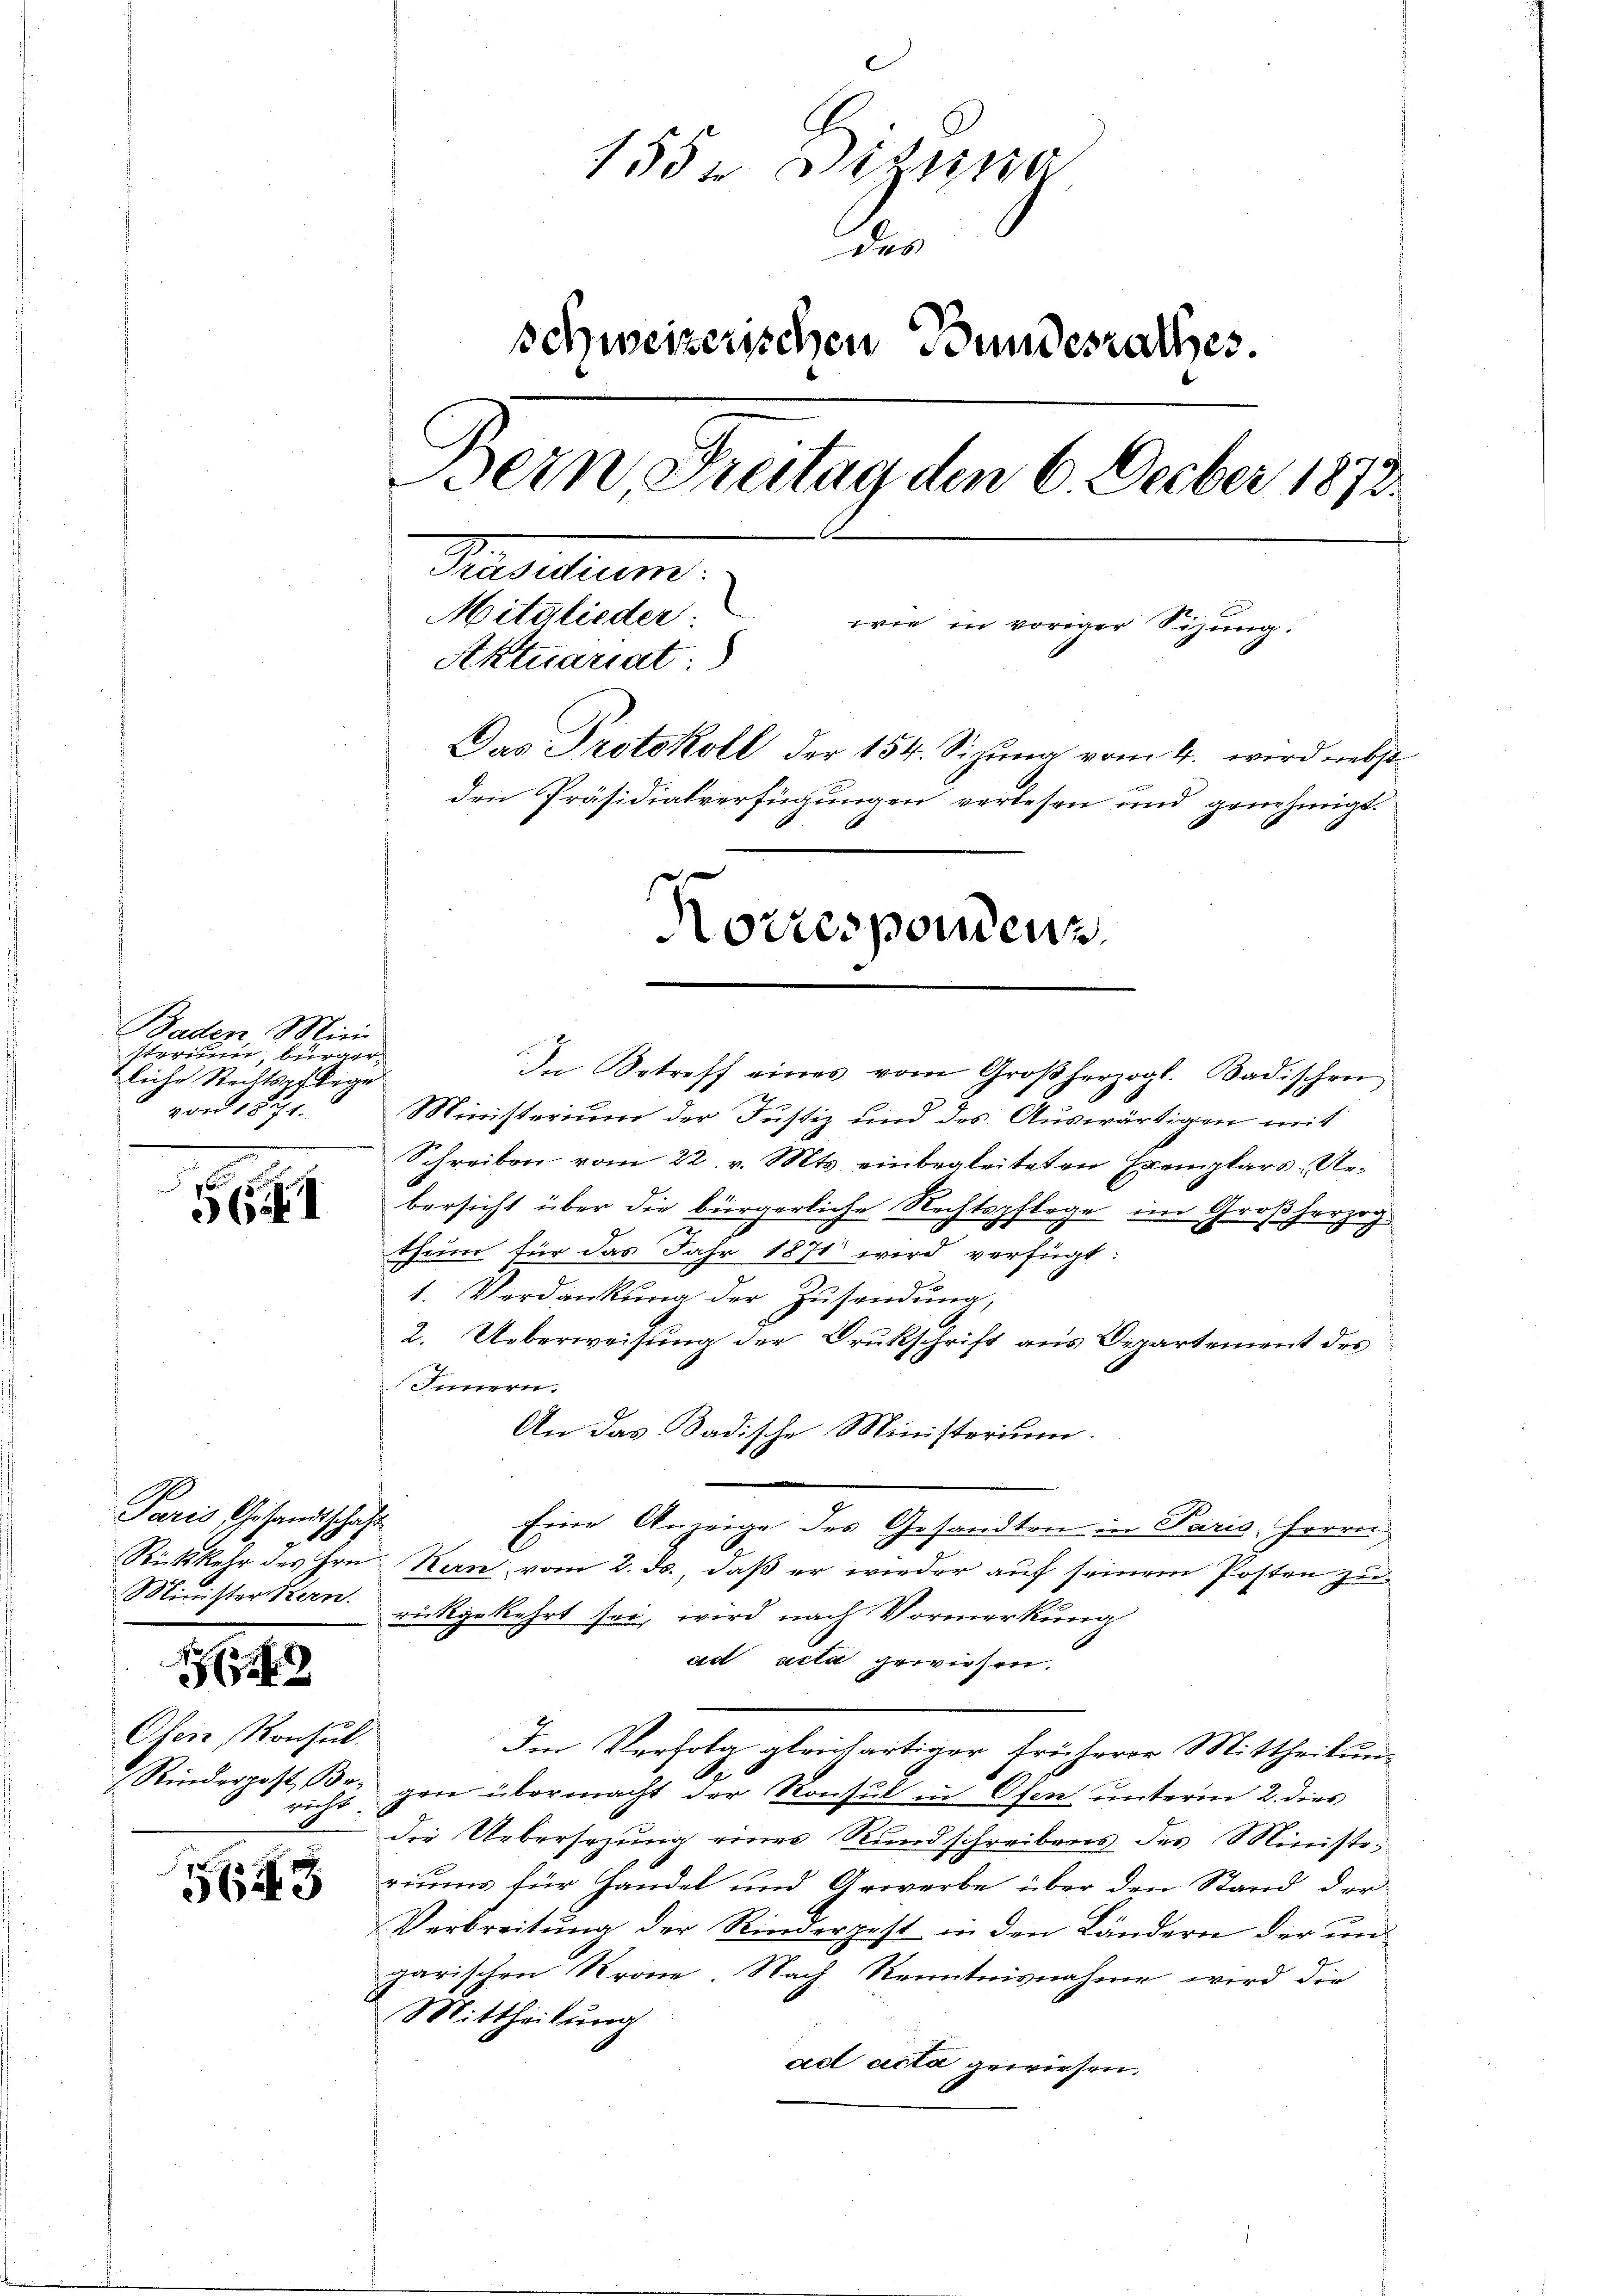
Baden Mini
sterium, bürgertliche Rechtspflege
von 1821.

56. I

Paris Gesandtschaft

1

Ofen, Konsul
Rinderpost Benicht.

1552 Dizina
des
schweizerischen Bundesrathes.
Bern Freitag den 6. Decber 1872.
Masium.
Mitglieder
wie in voriger Sitzung.
Aktuariat:
Das Protokoll der 154. Sizung vom 4. wird nebst
den Präsidialverfügungen verlesen und genehmigt.
Korresponden.

2

563

In Betreff eines vom Großherzogl. Badischen
Ministerium der Justiz und des Auswärtigen mit
Schreiben vom 22. v. Mts. einbegleiteten Exemplars Ues
bersicht über die bürgerliche Rechtspflege im Ge- herzog
thum für das Jahr 1871 wird verfügt:
1. Verdankung der Zusendung,
2. Ueberweisung der Drukschrift aus Departement des
Innern.
An das Badische Ministerium.
Eine Anzeige des Gesandten in Paris, Herrn
Rückkehr des Hrn. Kern vom 2. ds., daß er wieder auf seinem Posten zu
Minister Bern. rückgekehrt sei, wird nach Vormerkung
ad acta gewiesen.
Im Verfolg gleichartiger früherrn Mittheilung
.
gen übermacht der Konsul in Ofen unterm 2. dies
die Uebersezung eines Rundschreibens des Ministe,
riums für Handel und Arwerbe über den Stand der
Verbreitung der Rinderpest in den Ländern der ungarischen Krone. Nach Kenntnisnahme wird die
Mittheilung
ad acta gewiesen.